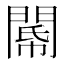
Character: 𨵂